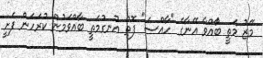
މޭޒު މަތީ ބާެއްވާ އޭނާގެ "ހާއްސަ" ފޮތް އުނގުމަތީ ބާއްވަމުން ކުރަހަން ފެށީ